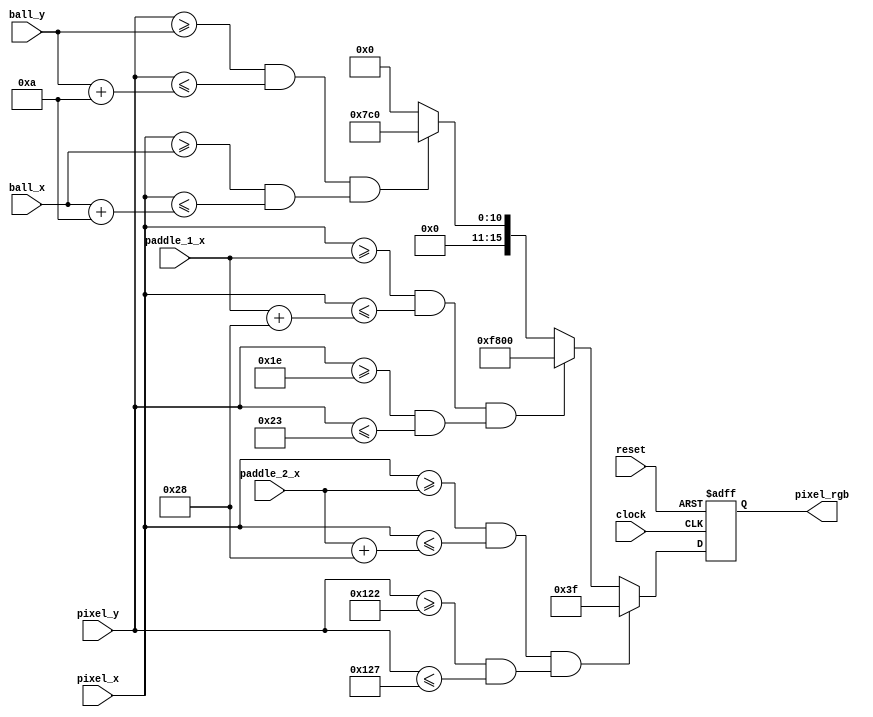
module Graphics #(
	parameter BACKGROUND_RGB	= 16'b0000000000000000,	//RGB color of the background (black)
	parameter BALL_RGB 			= 16'b0000011111000000,	//RGB color of the ball			(green)
	parameter PADDLE_1_RGB		= 16'b1111100000000000,	//RGB color of the paddle		(red)
	parameter PADDLE_2_RGB		= 16'b0000000000111111,	//RGB color of the paddle		(blue)
	parameter BALL_SIZE			= 10,					//length of ball edge in pixel
	parameter PADDLE_WIDTH 		= 5,					//width of paddle in pixels
	parameter PADDLE_HEIGTH 	= 40,					//heigth of paddle in pixels
	parameter PADDLE_1_Y		= 9'd30,				//horizontal position of paddle 1 on the screen
	parameter PADDLE_2_Y		= 9'd290				//horizontal position of paddle 2 on the screen
	)(
	input wire			clock,		//Input clock
	input wire			reset,		//module reset
	input wire [7:0]	ball_x,		//x coordinate of the ball
	input wire [8:0]	ball_y,		//y coordinate of the ball
	input wire [7:0]	paddle_1_x,	//x coordinate of the paddle 1
	input wire [7:0]	paddle_2_x,	//x coordinate of the paddle 2
	input wire [7:0]	pixel_x,	//x coordinate of the current pixel
	input wire [8:0]	pixel_y,	//y coordinate of the current pixel
	output reg [15:0]	pixel_rgb	//output RGB color to be fed to the display
	);
	
	always @(posedge clock or posedge reset) begin 
		
		if (reset) begin
        
		  pixel_rgb <= BACKGROUND_RGB;
    
		end else begin
			//check if the current pixel address is inside of player's 2 paddle boundaries
			if (((pixel_x >= paddle_2_x) && (pixel_x <= (paddle_2_x + PADDLE_HEIGTH))) && ((pixel_y >= PADDLE_2_Y) && ((pixel_y <= (PADDLE_2_Y + PADDLE_WIDTH))))) begin
				
				pixel_rgb <= PADDLE_2_RGB;
			//check if the current pixel address is inside of player's 1 paddle boundaries
			end else if (((pixel_x >= paddle_1_x) && (pixel_x <= (paddle_1_x + PADDLE_HEIGTH))) && (pixel_y >= PADDLE_1_Y && pixel_y <= (PADDLE_1_Y + PADDLE_WIDTH))) begin
				
				pixel_rgb <= PADDLE_1_RGB;
			//check if the current pixel address is inside o the ball's boundaries		
			end else if ((((pixel_y >= ball_y) && (pixel_y <= (ball_y + BALL_SIZE))) && ((pixel_x >= ball_x) && (pixel_x <= (ball_x + BALL_SIZE))))) begin
				
				pixel_rgb <= BALL_RGB;
			//if none of the conditions above are satisfied set the outptu color to background	
			end else begin
				
				pixel_rgb <= BACKGROUND_RGB;
				
			end
			
		end
		
	end

endmodule